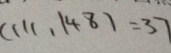
( 1 1 1 , 1 4 8 ) = 3 7